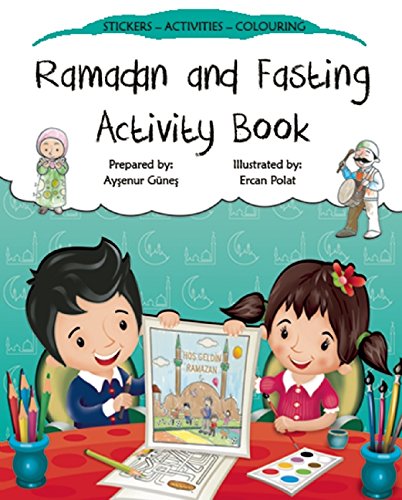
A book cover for Ramadan and Fasting Activity Book (Discover Islam Sticker Activity Books); Aysenur Gunes; Children's Books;